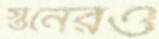
স্তনেরও